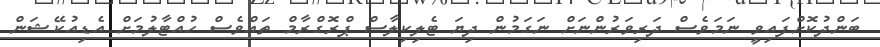
ބަންދުކޮށްފައިވީ ނަމަވެސް ދަރިވަރުންނަށް ނަގަމުން ދިޔަ ޓެލިކިލާސް ޕްރޮގްރާމް ތައްވެސް ހުއްޓާލުމަށް އެޑިއުކޭޝަން